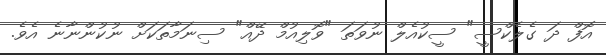
އޮފް ދަ ގެލެކްސީ" ސީކުއެލް ނުވަތަ "ވޮލިއުމް ދޭއް" ސިނަމާތަކަށް ނުކުންނާނެ އެވެ.